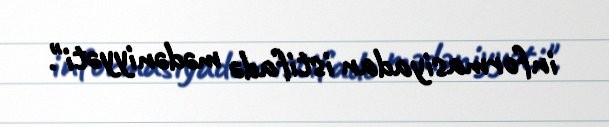
informasiyadan istifadə mədəniyyəti".